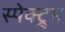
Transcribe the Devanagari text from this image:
स्पेक्ट्र्म